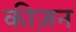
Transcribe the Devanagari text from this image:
कीज़न